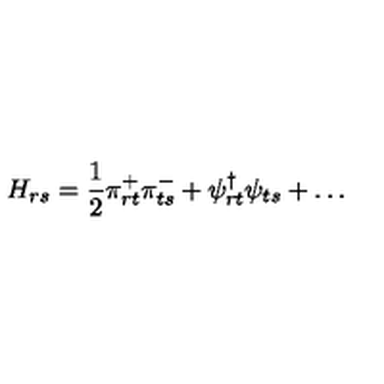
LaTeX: H _ { r s } = \frac { 1 } { 2 } \pi _ { r t } ^ { + } \pi _ { t s } ^ { - } + \psi _ { r t } ^ { \dagger } \psi _ { t s } + \ldots